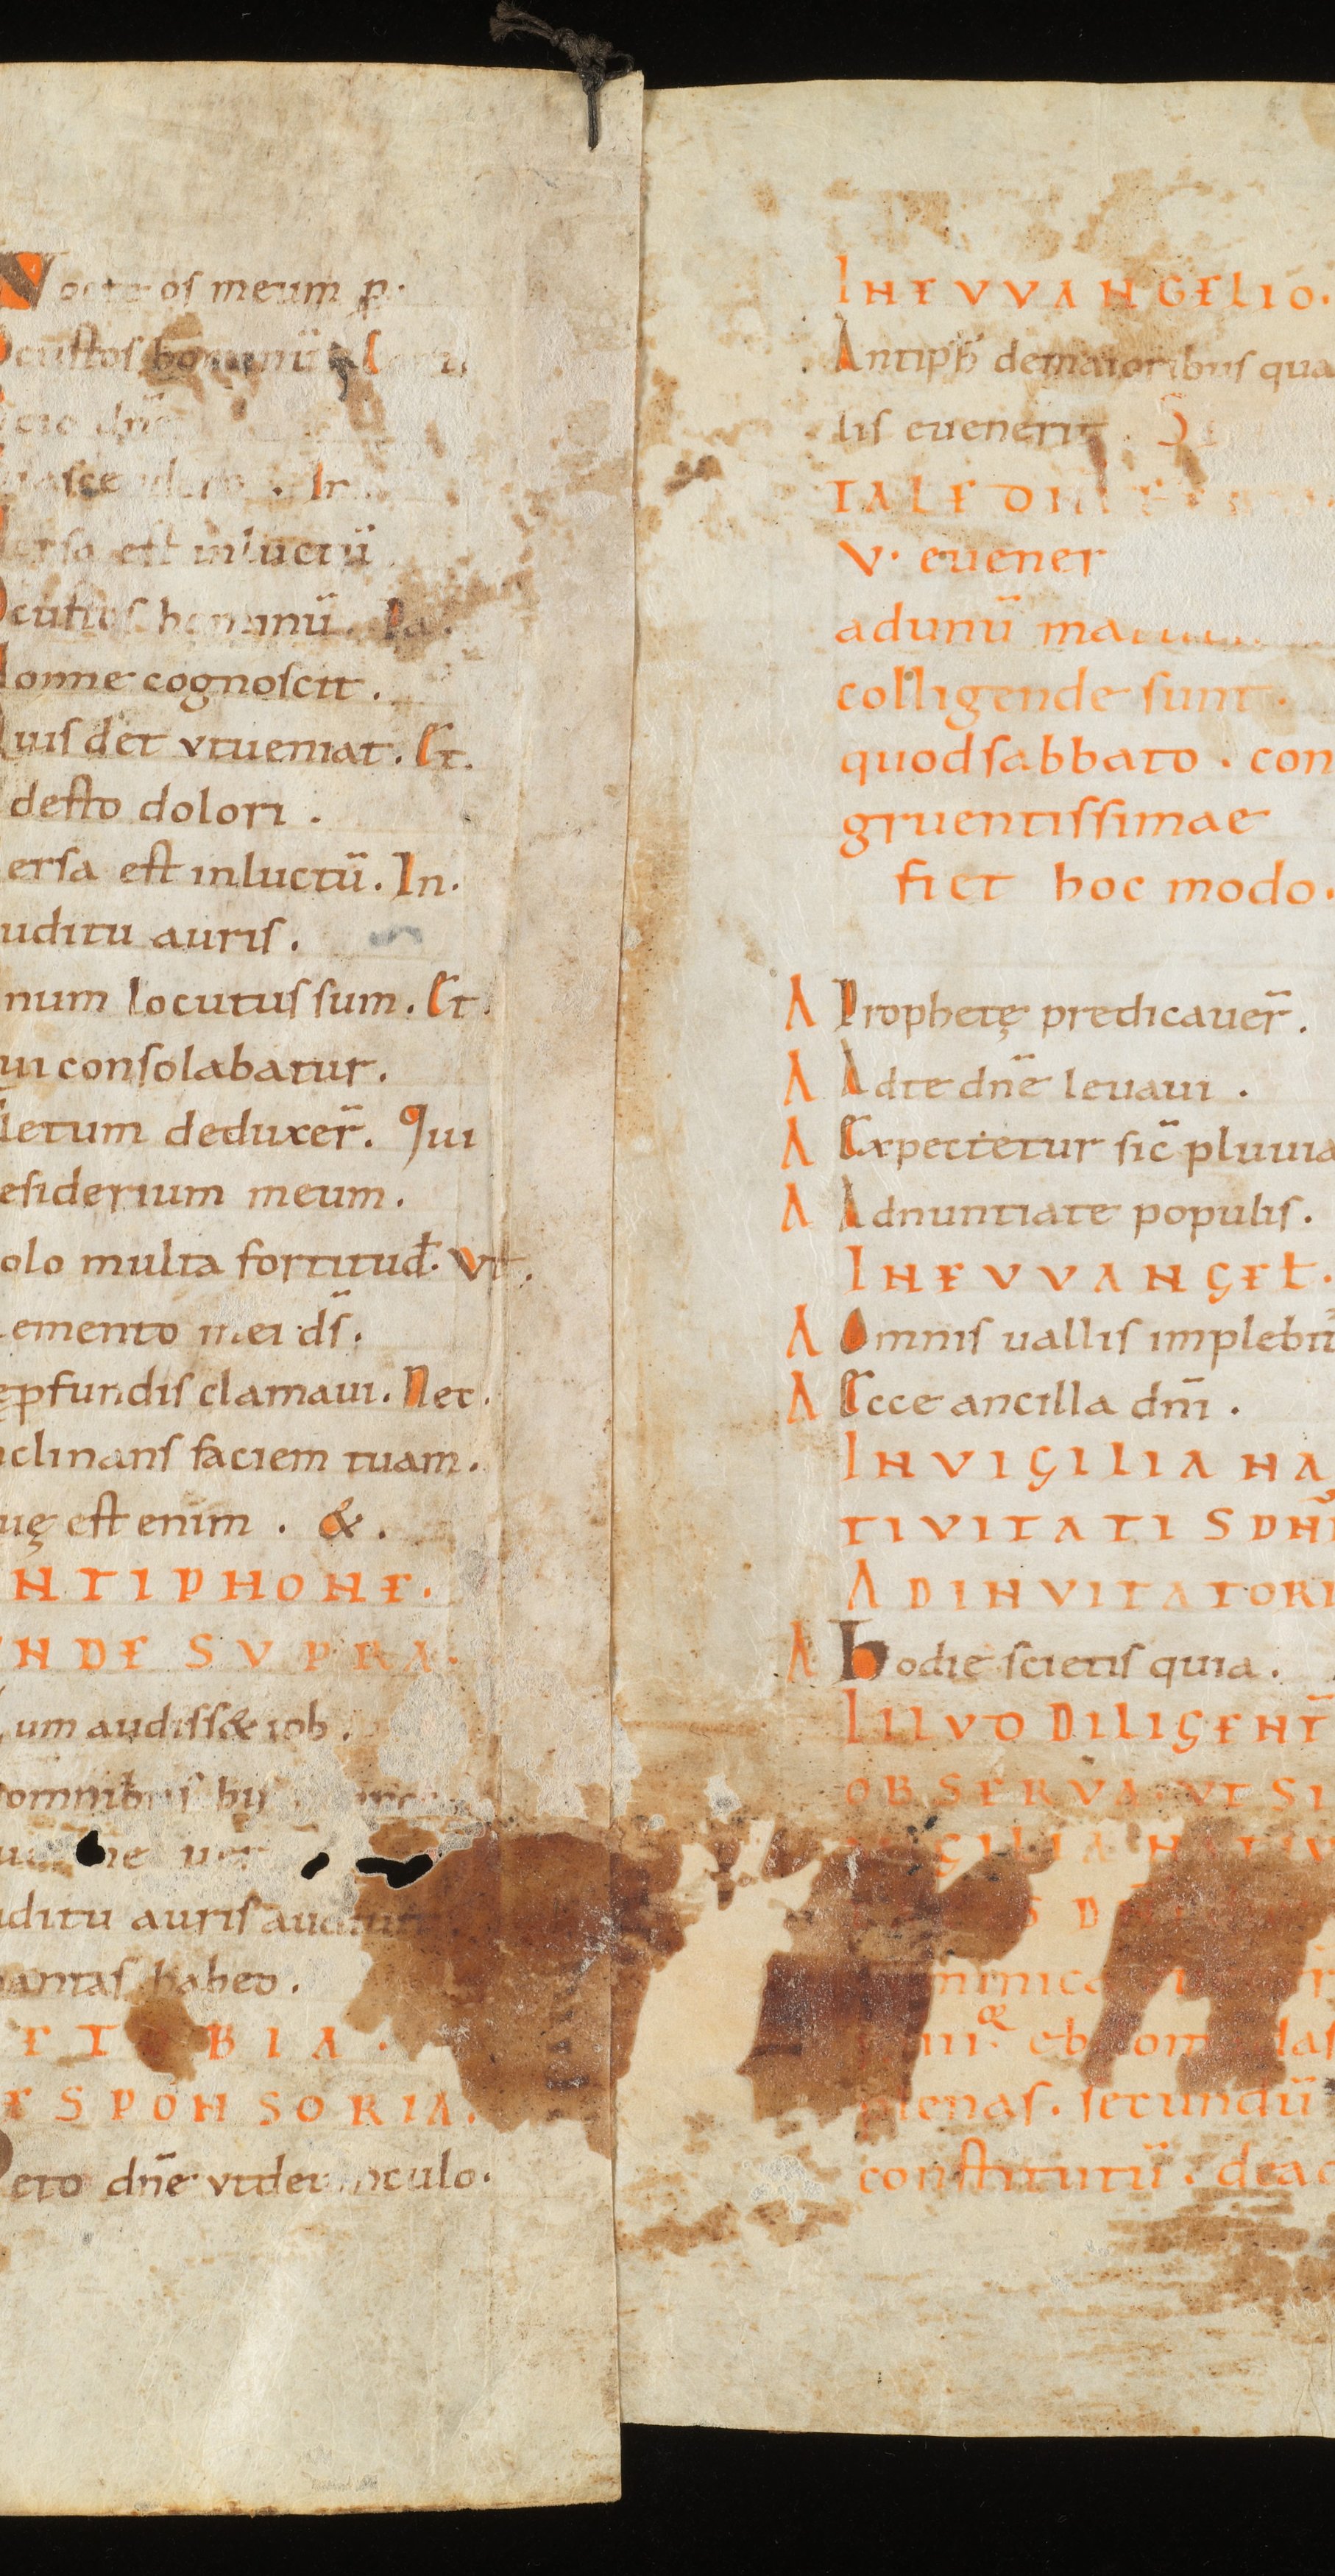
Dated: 800–999